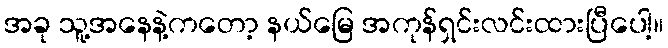
အခု သူ့အနေနဲ့ကတော့ နယ်မြေ အကုန်ရှင်းလင်းထားပြီပေါ့။